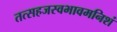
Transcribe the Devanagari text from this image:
तत्सहजस्वभावमनिशं